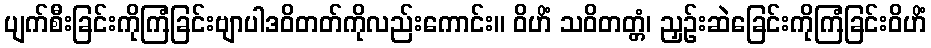
ပျက်စီးခြင်းကိုကြံခြင်းဗျာပါဒဝိတတ်ကိုလည်းကောင်း။ ဝိဟိံ သဝိတတ္တံ၊ ညှဉ်းဆဲခြေင်းကိုကြံခြင်းဝိဟိံ